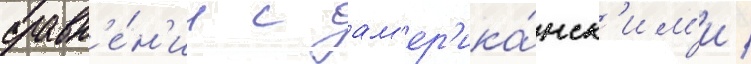
сравн'е́н'ии с ам'ер'ика́нск'им'и /